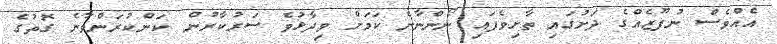
އެއްވެސް ނުފޫޒެއްގެ ދަށުގައި ތާށިވެފައި ނޯންނާނެ ކަމަށް ވިދާޅުވެ ސަރުކާރުން ކަންކުރަންވާނެ ގޮތުގެ